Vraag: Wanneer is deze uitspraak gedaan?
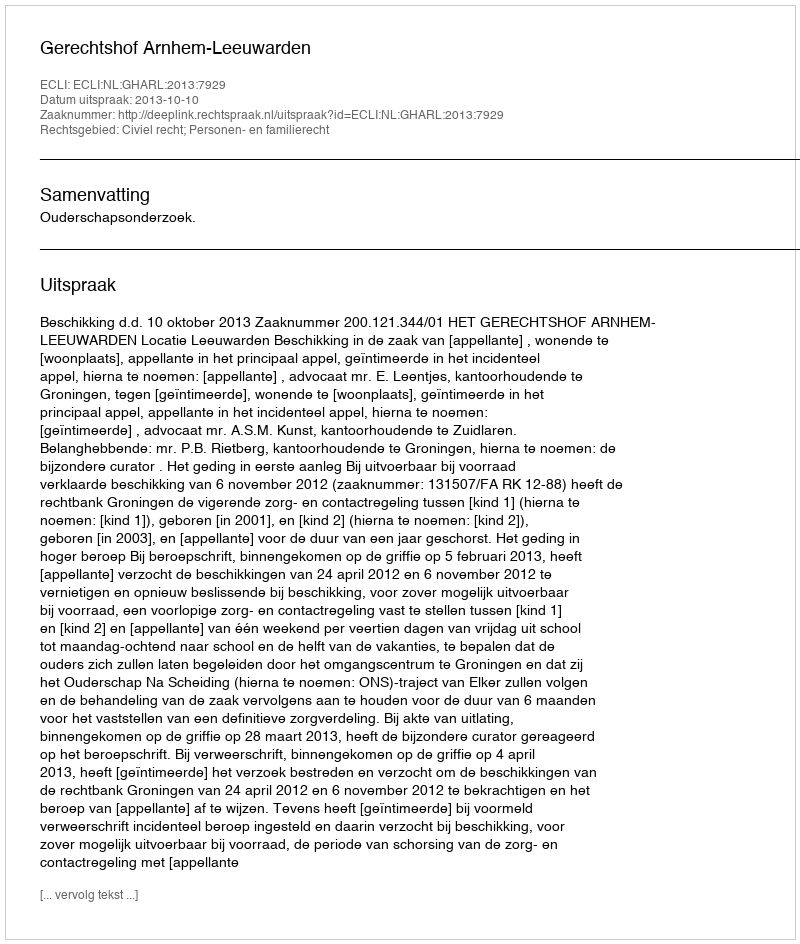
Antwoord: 2013-10-10